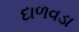
દાળવડા